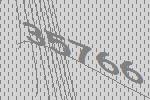
35766